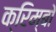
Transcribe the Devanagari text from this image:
क्रिम्बो